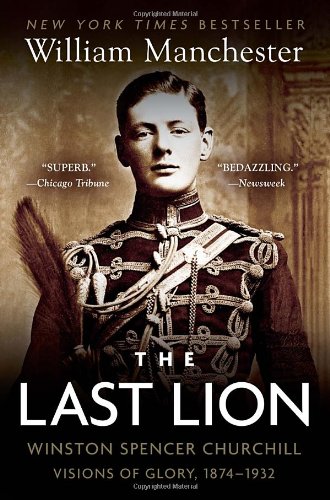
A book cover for The Last Lion: Winston Spencer Churchill: Visions of Glory, 1874-1932; William Manchester; Biographies & Memoirs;